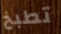
تطبخ